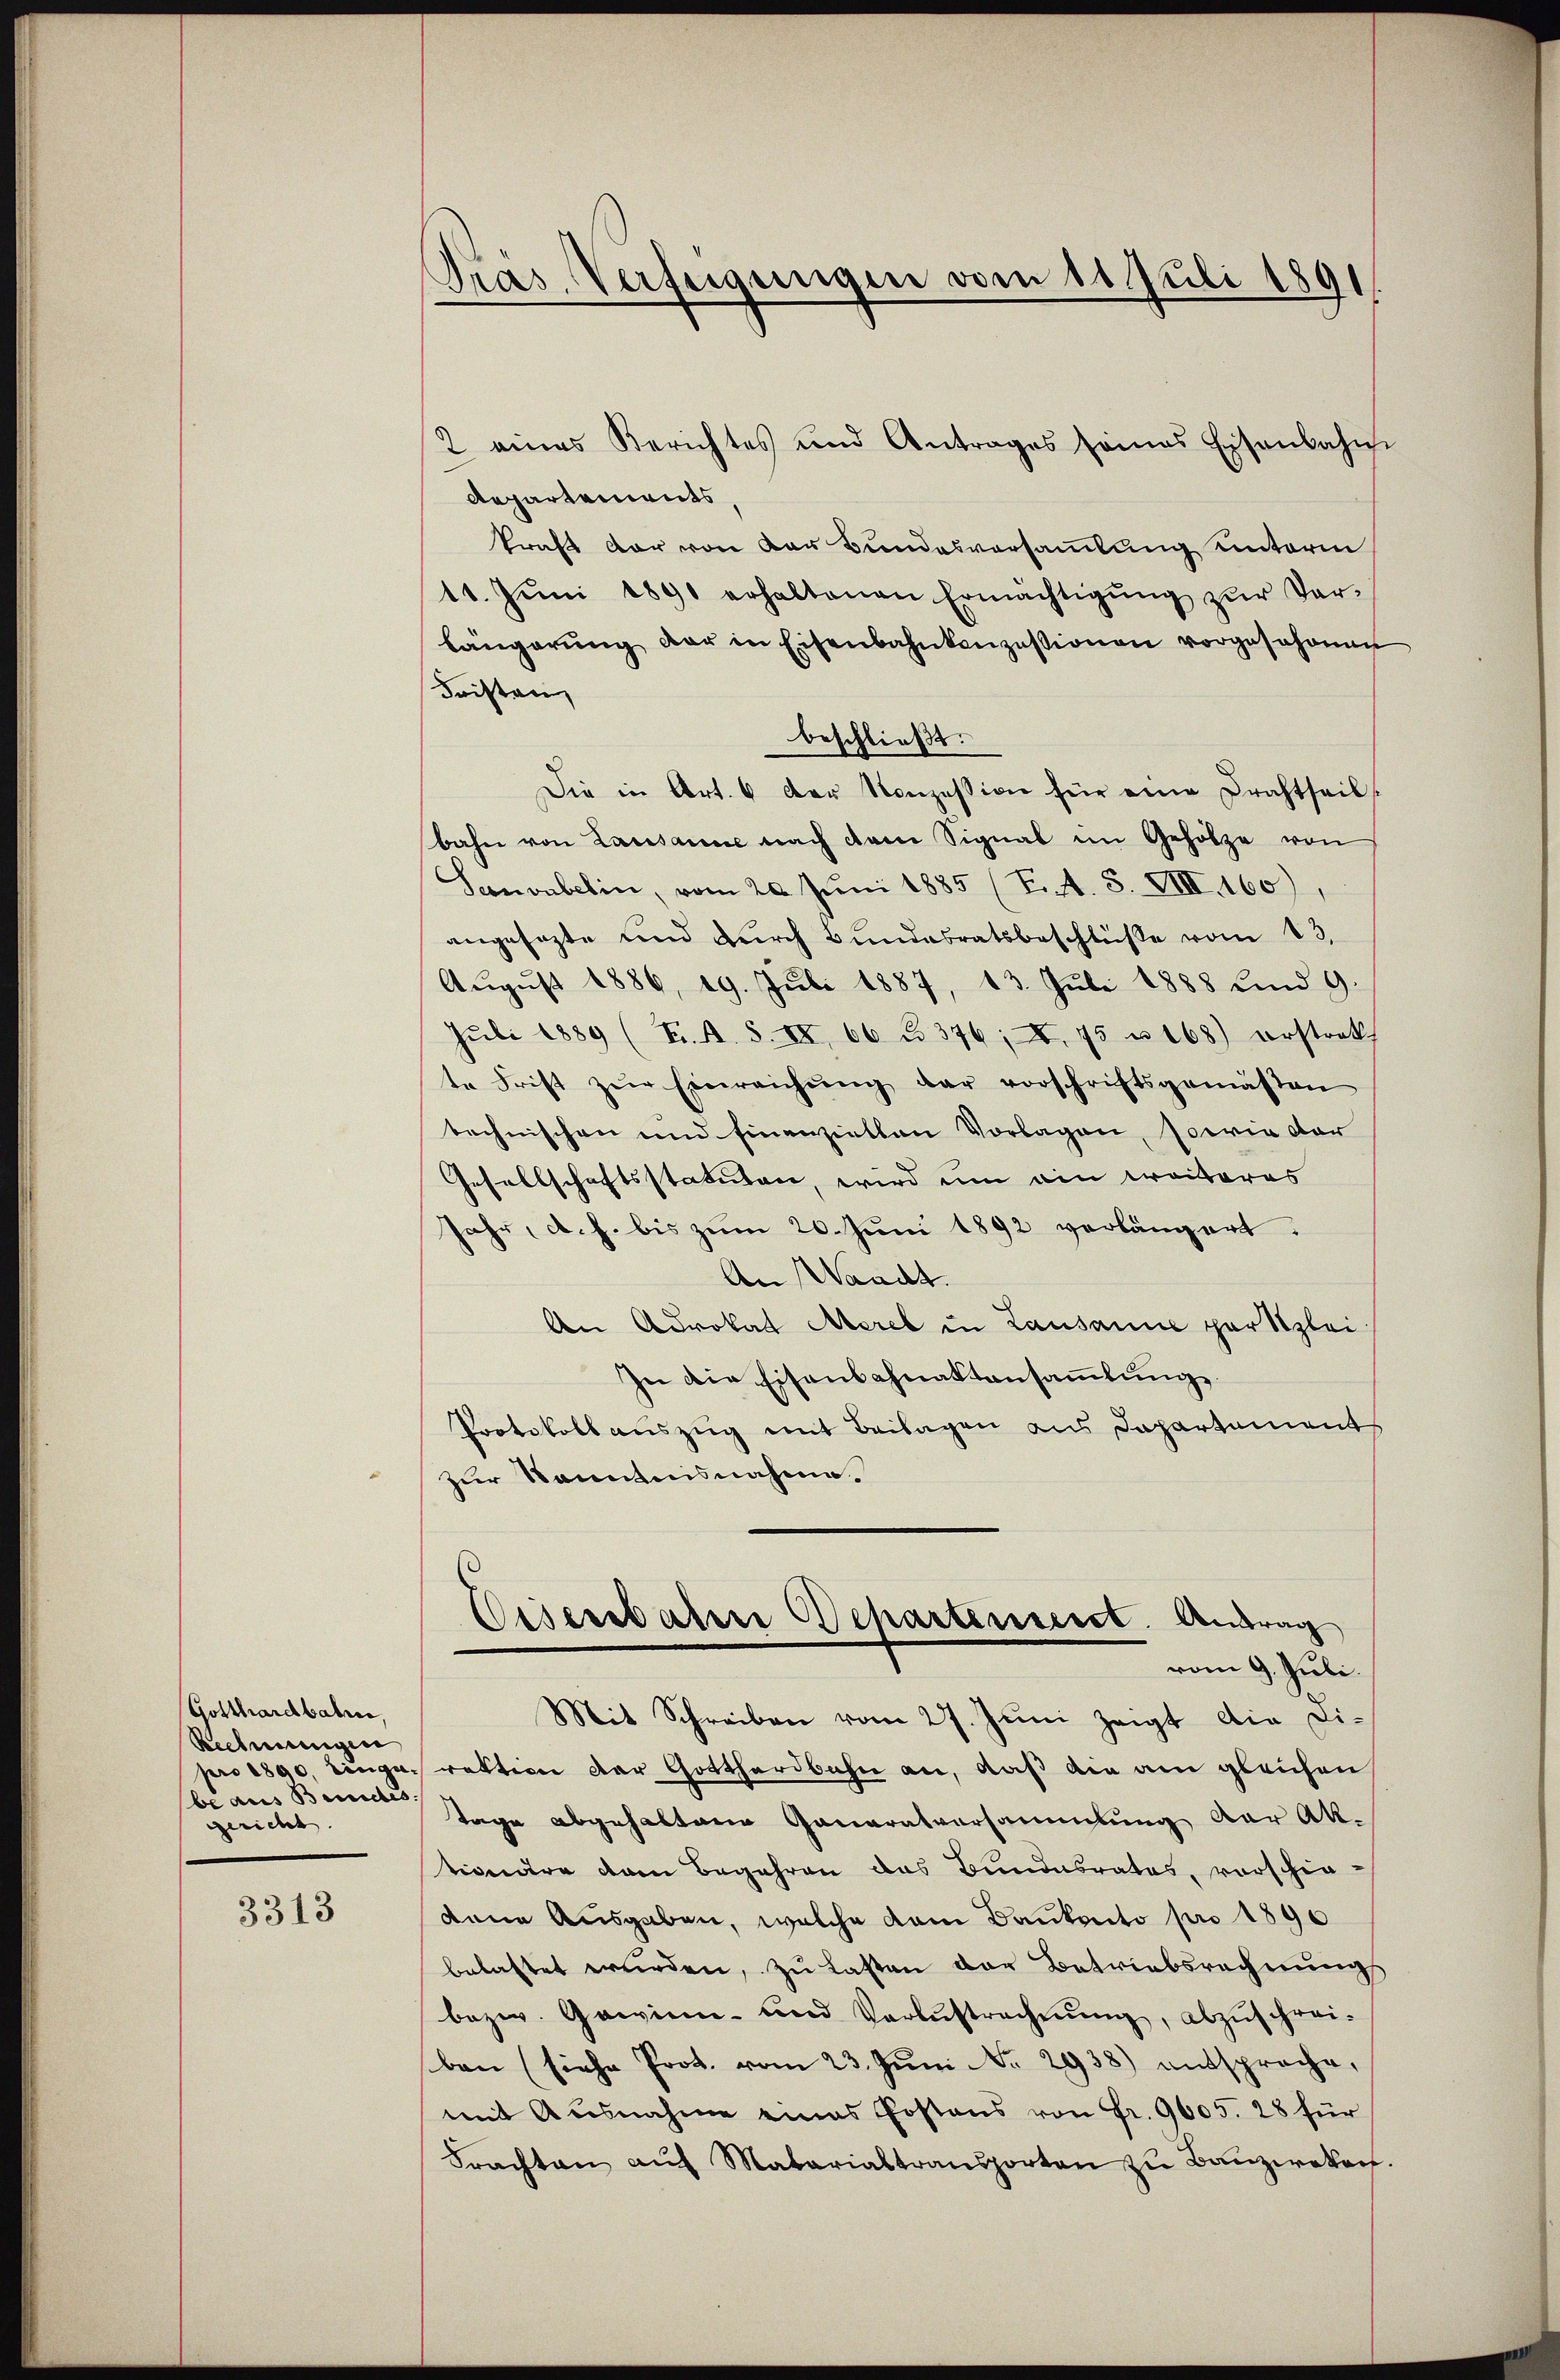
Gotthardbahren,
Rechnungen
be aus Beides.
gericht

3313

Gras Verfügungen vom 11. Juli 1891

2 eines Berichtes und Antrages seines Eisenbahn
Repartements
kraft dar von der Bundesversammlung unterm
11. Jŭni 1891 erhaltenen Ermächtigŭng zŭr Ver-
längerŭng der in Eisenbahnkonzessionen vorgesehenen
Fristen
beschließt:
Die in Art. 6 der Konzession für eine Drahtseil
bahn von Lausanne nach dem Signal im Gehölze von
Senonberin, vom 20. Juni 1885 (T. 4. S. VIII. 160),
angesezte und durch Bundesratsbeschlüsse vom 13.
Aŭgŭst 1886, 19. Juli 1887, 13. Juli 1888 und 9.
Juli 1889 (T. A. S. IX, 66 u. 376; I. 75 u. 168) erstrakt
te Frist zŭr Einreichŭng der vorschriftsgemäßen
technischen und Einenziellen Vorlagen, sowie dar
Gesellschaftsstatuten, wird um ein Craiteres
Jahr, d. h. bis zum 20. Juni 1892 verlängert.
An Waadt.
An Advokat Mereb in Lausanne par Szlei
In die Eisenbahnaktensammlung.
Protokollauszug mit Beilagen aus Departements
zur Kenntnisnahme.

Mit Schreiben vom 27. Juni zeigt die Di-
pro 1890, Lunge rektion der Gotthardbahn an, daß die am gleichen
Tage abgehaltene Ganaratversammlung der Ak-
tionire dem Begehren das Bundesrates, vorschie-
dene Ausgaben, welche dem Bankonto pro 1896
belastet werden, zu Lasten der Betriebsrechnungs
bezw. Gewinn- und Verlustrechnŭng, abzŭschrei-
ben (siehe Prot. vom 23. Juni No 2938) entsproche,
mit Ausnahme eines Postens von Fr. 9605. 28 für
Frachten aŭf Matarialtransporten zu Bauzweken.

Eisenbaten Schartensent. Antrag
vom 9. Juli.